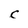
Character: C